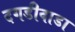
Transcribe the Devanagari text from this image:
दगडीवाडा